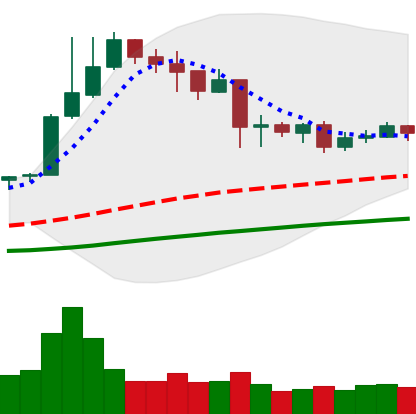
Ticker: NEO-USD
Chart end date: 2019-04-19
Forward return: -10.295%
Label: down_7plus